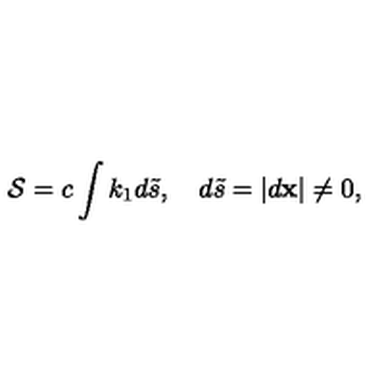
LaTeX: { \cal S } = c \int k _ { 1 } d { \tilde { s } } , \quad d { \tilde { s } } = | { d { \bf x } } | \neq 0 ,